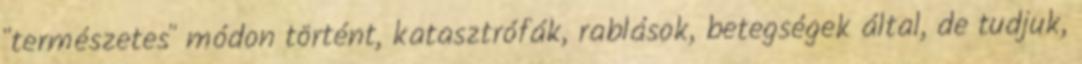
"természetes" módon történt, katasztrófák, rablások, betegségek által, de tudjuk,